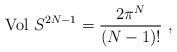
LaTeX: \begin{align*}{\rm Vol}\ S^{2N - 1} = \frac{2 \pi^N}{(N - 1)!} \ ,\end{align*}